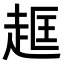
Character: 𧻔